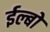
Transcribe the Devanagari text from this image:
ईल्बो